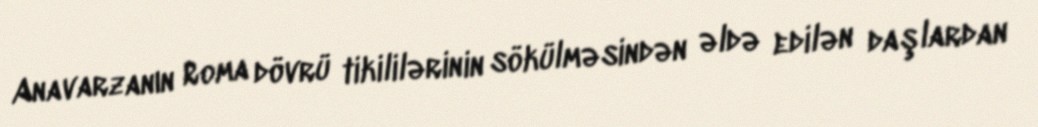
Anavarzanın Roma dövrü tikililərinin sökülməsindən əldə edilən daşlardan